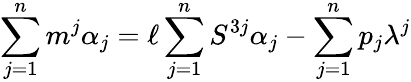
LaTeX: \sum_{j=1}^{n}m^{j}\alpha_{j}=\ell\sum_{j=1}^{n}S^{3j}\alpha_{j}-\sum_{j=1}^{n}p_{j}\lambda^{j}